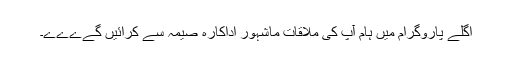
اگلے پاروگرام میں ہام آپ کی ملاقات ماشہور اداکارہ صیمہ سے کرائیں گےےےے۔